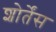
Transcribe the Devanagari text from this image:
शोर्तेंस